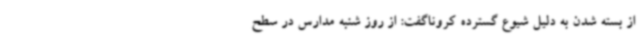
از بسته شدن به دلیل شیوع گسترده کروناگفت: از روز شنبه مدارس در سطح